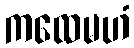
ကထေမဟံ